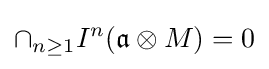
\cap _{n\geq 1}I^{n}({\mathfrak {a}}\otimes M)=0